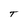
Character: t